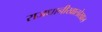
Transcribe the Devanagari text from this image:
राजधानीखालोखाल